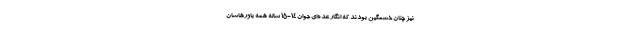
نیز چنان خشمگین بودند که انگار عده‌ای جوان ۱۴-۱۵ ساله همه باورهاشان